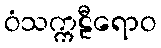
ဝံသက္ကဠီရောဝ